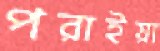
পরাইয়া